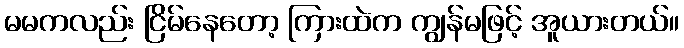
မမကလည်း ငြိမ်နေတော့ ကြားထဲက ကျွန်မဖြင့် အူယားတယ်။